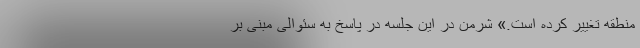
منطقه تغییر کرده است.» شرمن در این جلسه در پاسخ به سئوالی مبنی بر